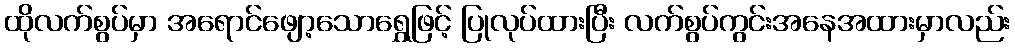
ထိုလက်စွပ်မှာ အရောင်ဖျော့သောရွှေဖြင့် ပြုလုပ်ထားပြီး လက်စွပ်ကွင်းအနေအထားမှာလည်း